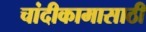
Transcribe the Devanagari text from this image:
चांदीकामासाठी